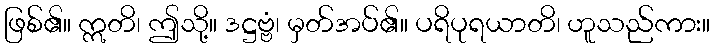
ဖြစ်၏။ ဣတိ၊ ဤသို့။ ဒဋ္ဌဗ္ဗံ၊ မှတ်အပ်၏။ ပရိပုရယာတိ၊ ဟူသည်ကား။